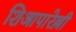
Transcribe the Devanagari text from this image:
शिआपारेल्ली